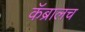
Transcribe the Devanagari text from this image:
कॅब्रालच